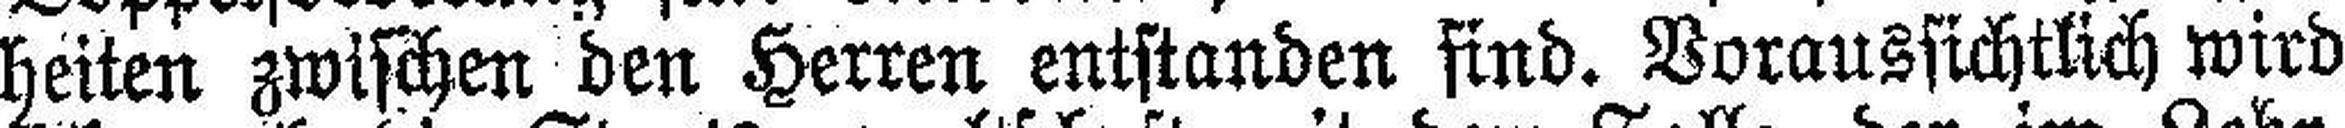
heiten zwischen den Herren entstanden find. Voraussichtlich wird